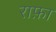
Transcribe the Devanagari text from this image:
राफ़ा